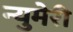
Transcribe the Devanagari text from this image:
न्युमेरी